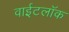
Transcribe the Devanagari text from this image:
वाईटलॉक